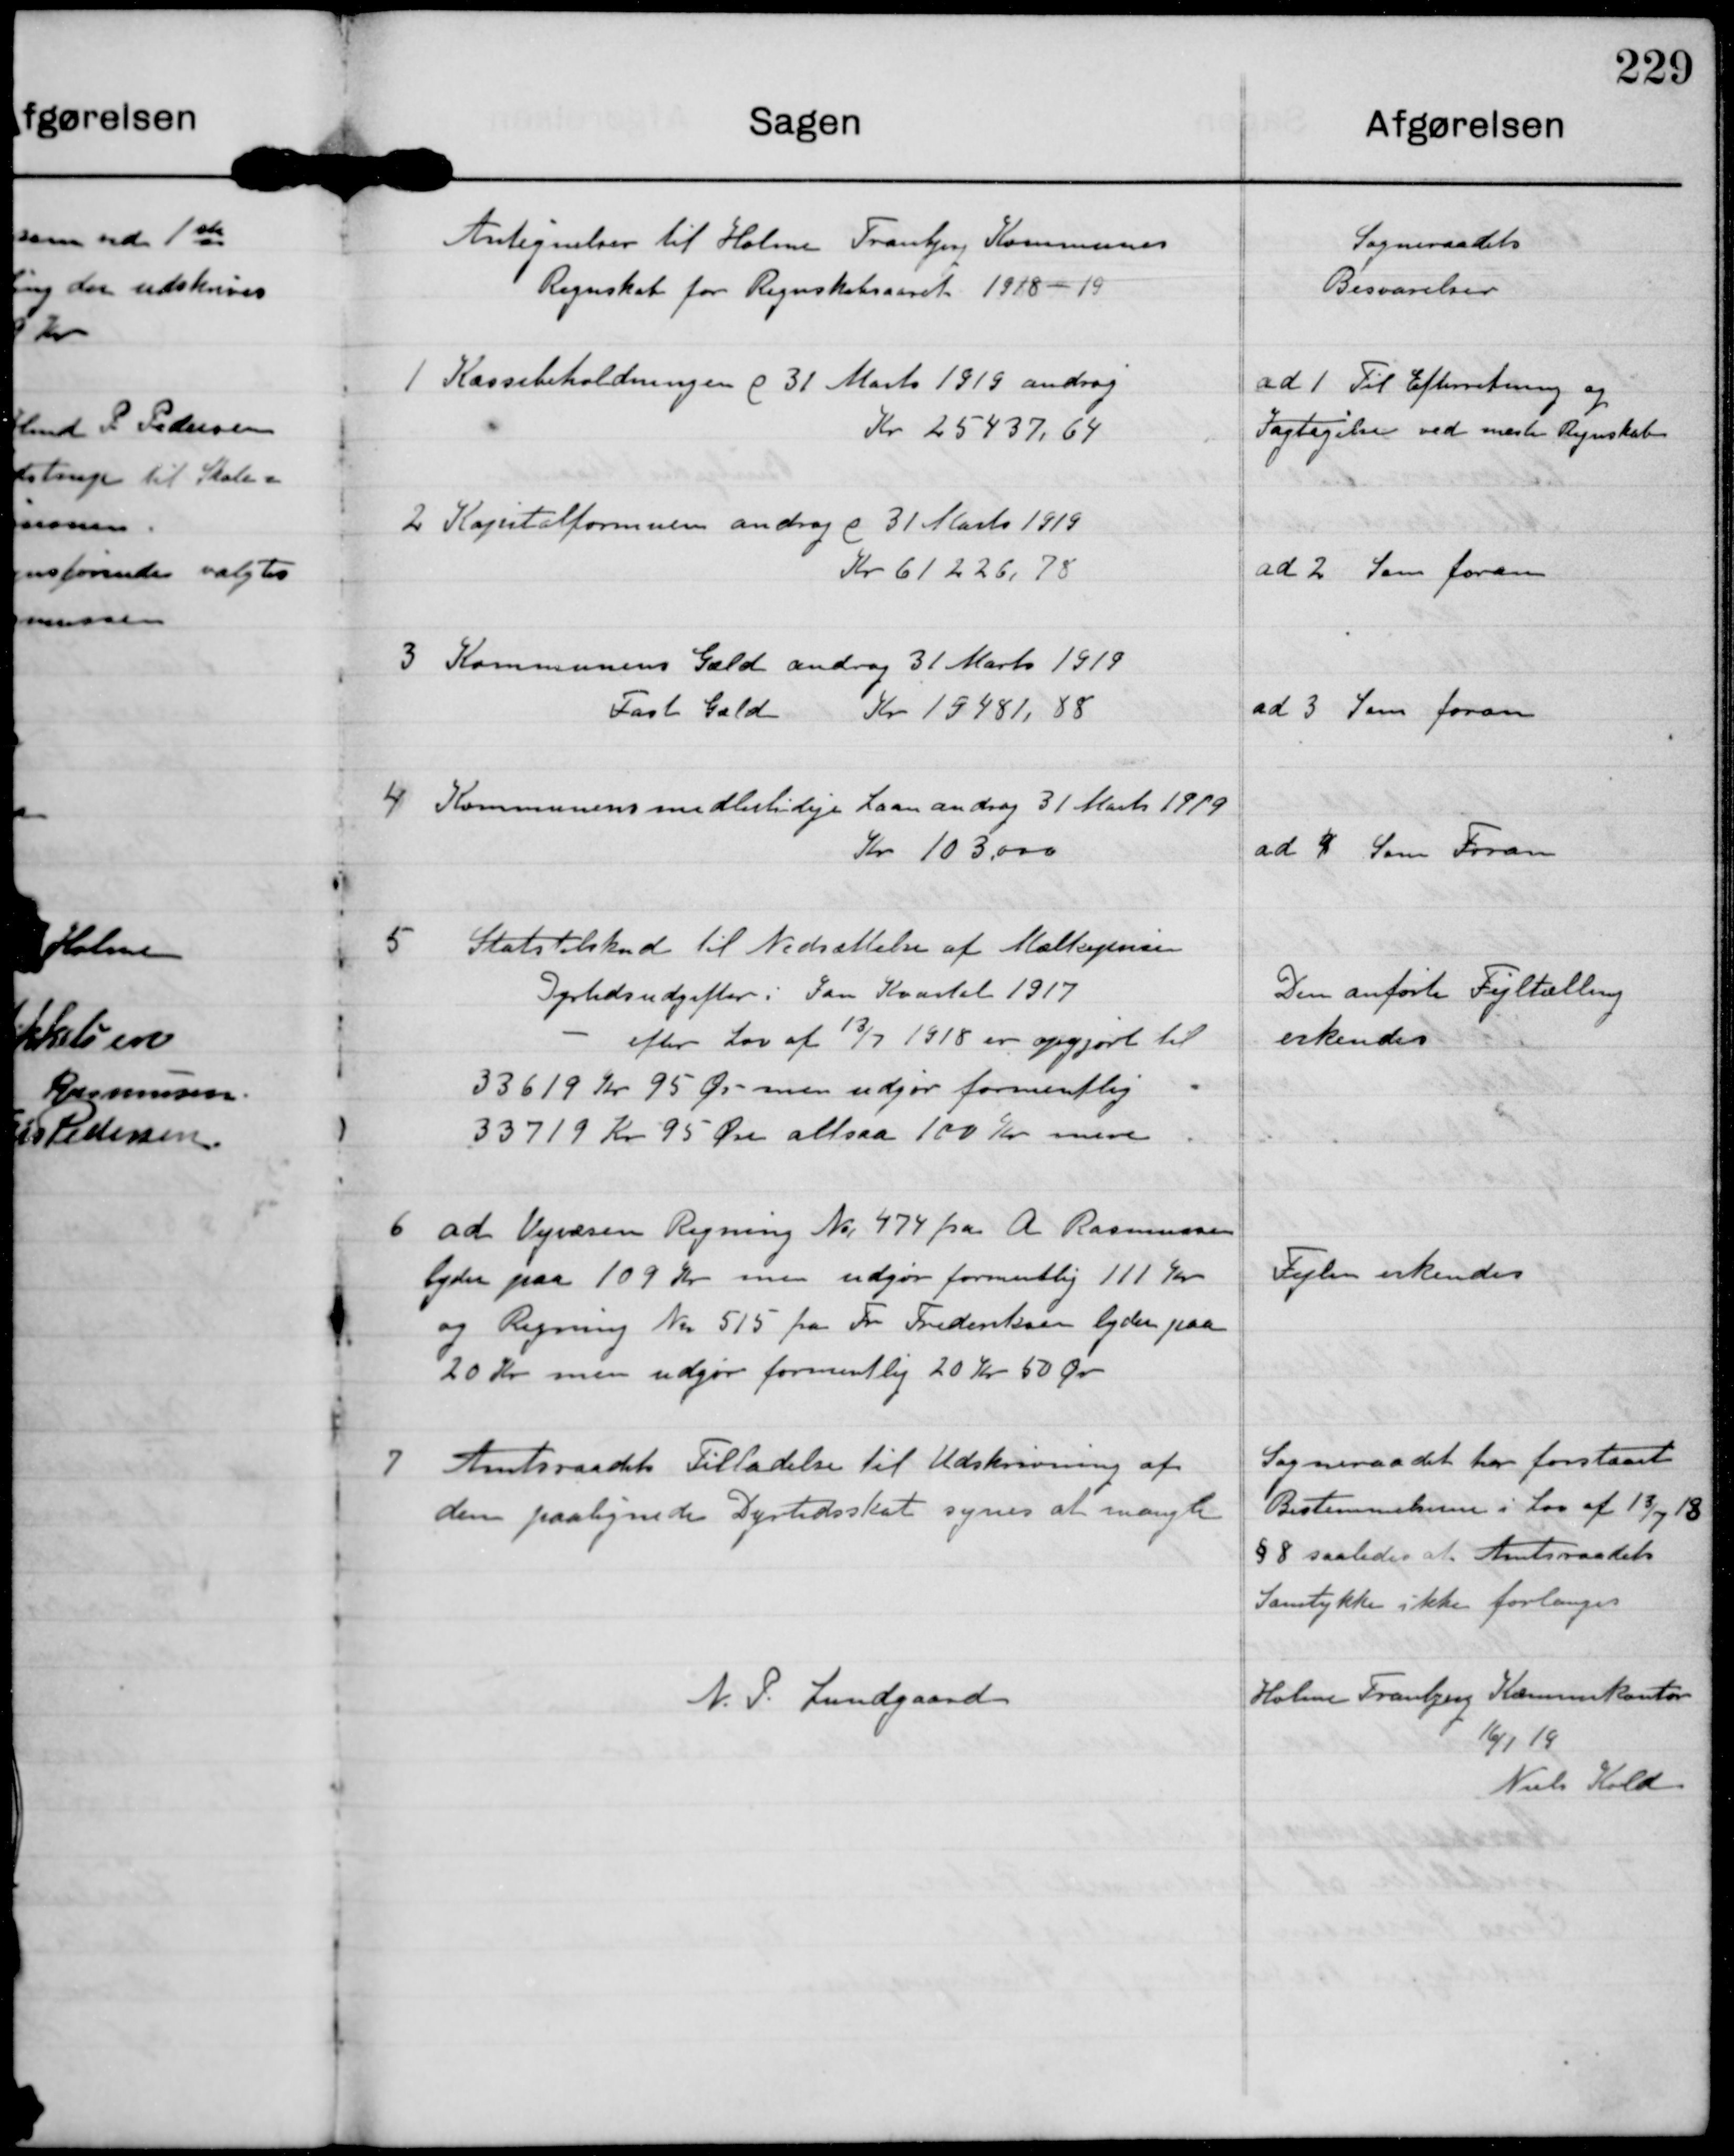
Transskription:
Antegnelser til Holme Tranbjerg Kommuners
Regnskab for Regnskabsaaret 1918.19.

Sogneraadets
Besvarelser

1 Kassebeholdningen d 31 Marts 1919 androg
Kr 25437,64

ad 1 Til Efterretning og
Iagtagelse ved næste Regnskab

2 Kapitalformuen androg d 31 Marts 1919
Kr 61 228 78

ad 2 Som foran

3 Kommunens Gæld androg 31 Marts 1919.
Fast Gæld Kr 19481,88

ad 3 Som foran

4 Kommunens midlertidige Laan androg 31 Marts 1919.
Kr 103.000

ad 4 Som Foran

5. Statstilskud til Nedsættelse af Mælkeprisen
Dyrtidsudgifter i Jan Kvartal 1917
- efter Lov af 13/7 1918 er opgjort til
33619 Kr 95 Øre men udgør formentlig
33719 Kr 95 Øre altsaa 100 Kr mere.

Den anførte Fejltælling
erkendes

6 ad Vejvæsen Regning No 474 fra A Rasmussen
lyder paa 109 Kr men udgør formentlig 111 Kr.
og Regning Nr 515 fra Fr Frederiksen lyder paa
20 Kr men udgør formentlig 20 Kr 50 Ør

Fejlen erkendes

7 Amtsraadets tilladelse til Udskrivning af
den paalignede Dyrtidsskat synes at mangle

Sogneraadet her forstaaet
Bestemmelserne i Lov af 13/7 18.
§8 saaledes at Amtsraadets
Samtykke ikke forlanges

N. P. Lundgaard

Holme Tranbjerg Kommunekontor.
16/1 19
Niels Kold